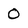
Character: 0